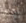
إبنه